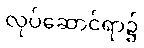
လုပ်ဆောင်ရာ၌